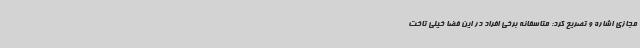
مجازی اشاره و تصریح کرد: متاسفانه برخی افراد در این فضا خیلی تاخت